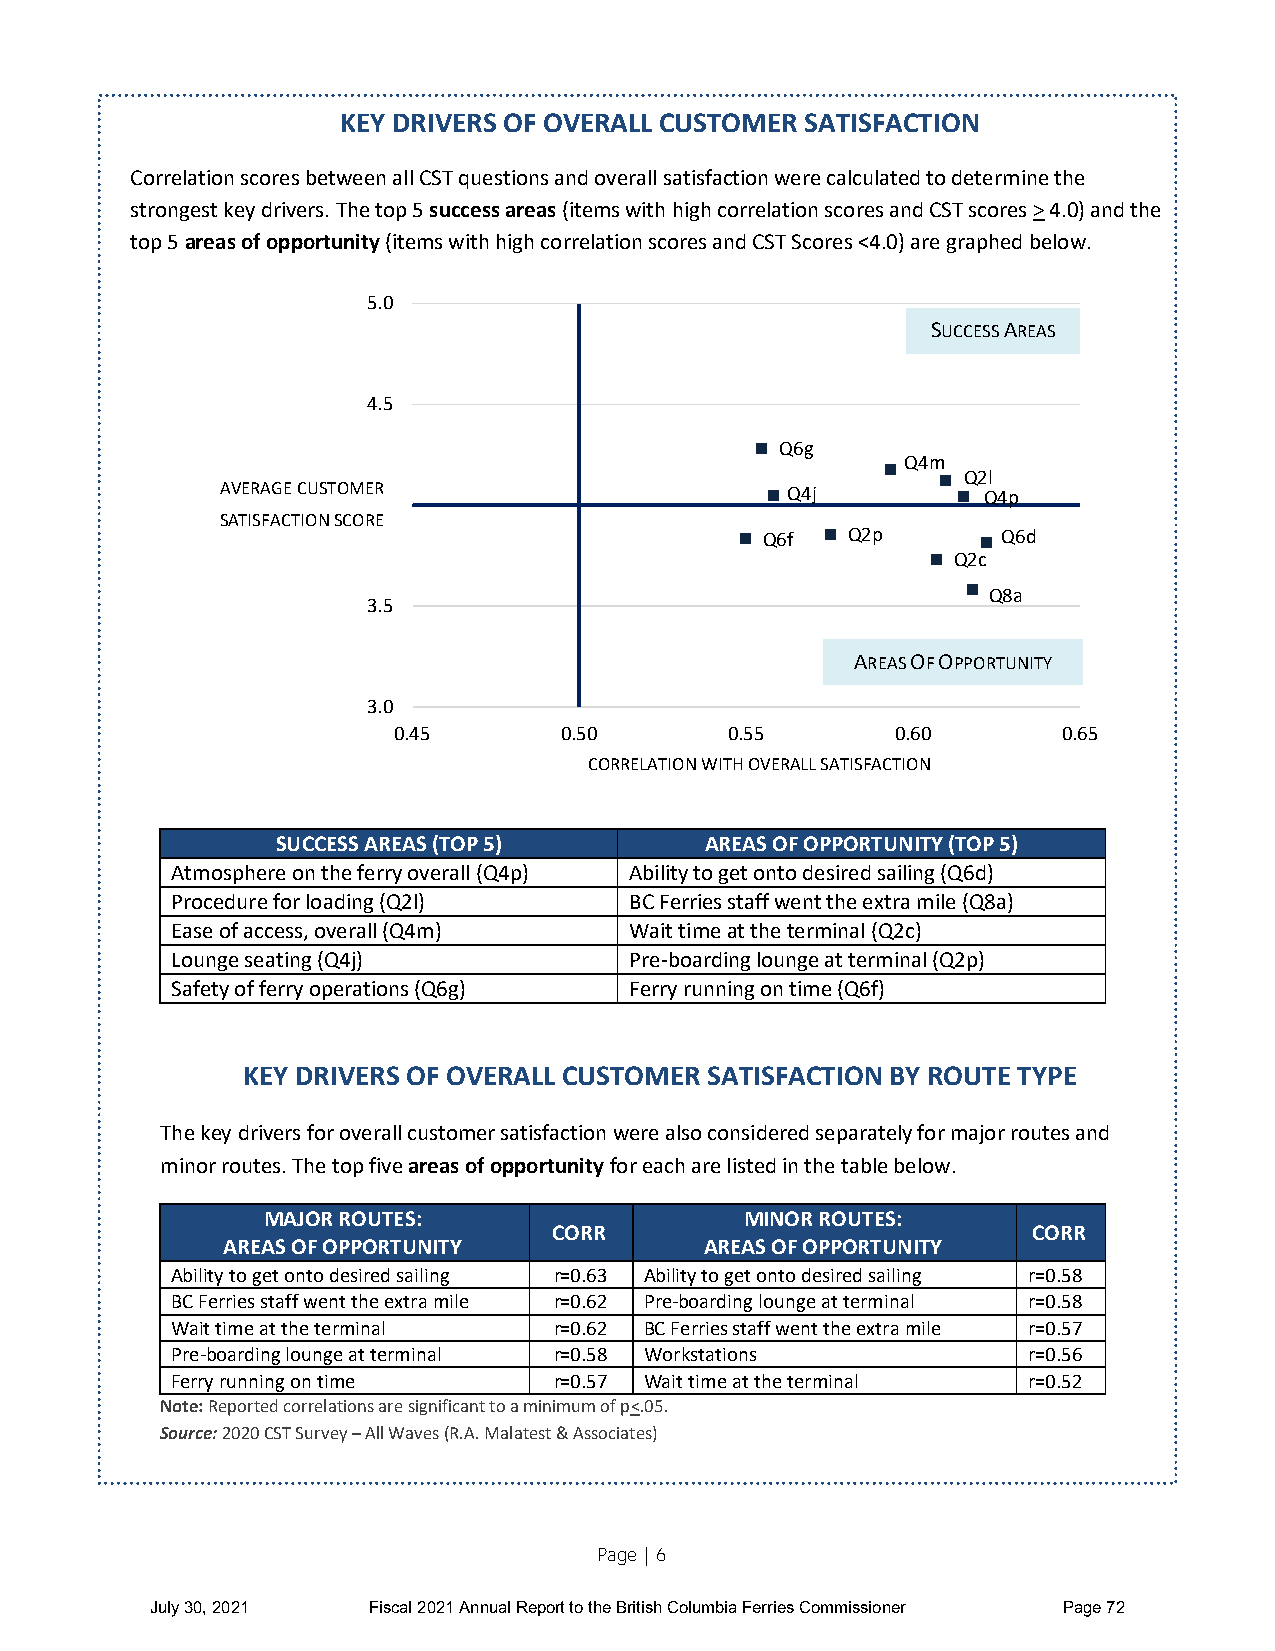
KEY DRIVERS OF OVERALL CUSTOMER SATISFACTION
 Correlation scores between all CST questions and overall satisfaction were calculated to determine the
 strongest key drivers. The top 5 success areas (items with high correlation scores and CST scores > 4.0) and the
 top 5 areas of opportunity (items with high correlation scores and CST Scores <4.0) are graphed below.
 5.0
 SUCCESS AREAS
 4.5
 Q6g
 Q4m
 Q2l
 AVERAGE CUSTOMER                     Q4j          Q4p
 4.0
 SATISFACTION SCORE
 Q6f  Q2p       Q6d
 Q2c
 Q8a
 3.5
 AREAS OF OPPORTUNITY
 3.0
 0.45       0.50       0.55       0.60       0.65
 CORRELATION WITH OVERALL SATISFACTION
 SUCCESS AREAS (TOP 5)        AREAS OF OPPORTUNITY (TOP 5)
 Atmosphere on the ferry overall (Q4p) Ability to get onto desired sailing (Q6d)
 Procedure for loading (Q2l)    BC Ferries staff went the extra mile (Q8a)
 Ease of access, overall (Q4m)  Wait time at the terminal (Q2c)
 Lounge seating (Q4j)           Pre-boarding lounge at terminal (Q2p)
 Safety of ferry operations (Q6g) Ferry running on time (Q6f)
 KEY DRIVERS OF OVERALL CUSTOMER SATISFACTION BY ROUTE TYPE
 The key drivers for overall customer satisfaction were also considered separately for major routes and
 minor routes. The top five areas of opportunity for each are listed in the table below.
 MAJOR ROUTES:                   MINOR ROUTES:
 CORR                           CORR
 AREAS OF OPPORTUNITY            AREAS OF OPPORTUNITY
 Ability to get onto desired sailing r=0.63 Ability to get onto desired sailing r=0.58
 BC Ferries staff went the extra mile r=0.62 Pre-boarding lounge at terminal r=0.58
 Wait time at the terminal r=0.62 BC Ferries staff went the extra mile r=0.57
 Pre-boarding lounge at terminal r=0.58 Workstations      r=0.56
 Ferry running on time     r=0.57 Wait time at the terminal r=0.52
 Note: Reported correlations are significant to a minimum of p<.05.
 Source: 2020 CST Survey – All Waves (R.A. Malatest & Associates)
 Page | 6
 July 30, 2021 Fiscal 2021 Annual Report to the British Columbia Ferries Commissioner Page 72